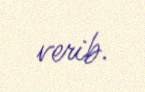
verib.